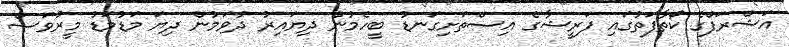
އަޝްރަފްގެ ކޯތާފަތުގައި ފަރީޝާގެ އިސްތަށިގަނޑު ބީހެމުން ދިޔައިރު ދުވަމުން ދިޔަ މަޑުމަޑު މީރުވަސް